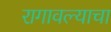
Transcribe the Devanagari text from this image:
रागावल्याचा